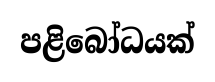
පළිබෝධයක්